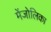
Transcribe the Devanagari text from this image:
मेंजोलिका